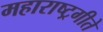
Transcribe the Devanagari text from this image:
महाराष्ट्रगीते